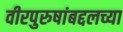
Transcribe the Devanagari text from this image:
वीरपुरुषांबद्दलच्या